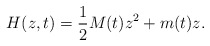
\begin{align*}H(z,t)=\frac{1}{2}M(t)z^{2}+m(t)z. \end{align*}